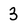
Character: 3